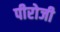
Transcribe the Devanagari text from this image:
पीरोजी